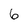
Character: 6